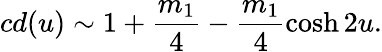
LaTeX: cd(u)\sim 1+\frac{m_{1}}{4}-\frac{m_{1}}{4}\cosh 2u.